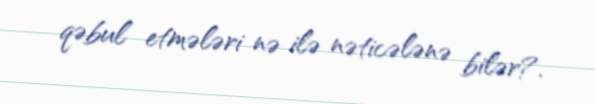
qəbul etmələri nə ilə nəticələnə bilər?.